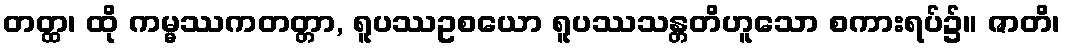
တတ္ထ၊ ထို ကမ္မဿကတတ္တာ, ရူပဿဥစယော ရူပဿသန္တတိဟူသော စကားရပ်၌။ ဇာတိ၊